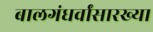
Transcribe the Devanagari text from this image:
बालगंधर्वांसारख्या